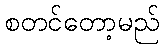
စတင်တော့မည်